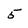
Character: 5